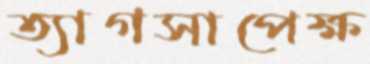
ত্যাগসাপেক্ষ